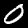
Label: 0